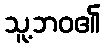
သူ့ဘဝ၏